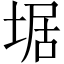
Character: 𡍄